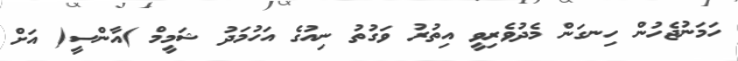
ހަމަނުޖެހުން ހިނގަން މެދުވެރިވީ އިތުރު ވަގުތު ނިއުގެ އަހުމަދު ޝަމީމް )އާންސީ( އަށް